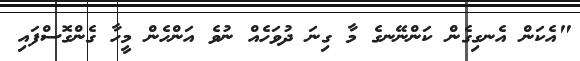
"އެކަން އެނގިގެން ކަންނޭނގެ މާ ގިނަ ދުވަހެއް ނުވެ އަންހެން މީހާ ގެންގޮސްފައި